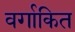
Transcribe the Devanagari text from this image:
वर्गाकित